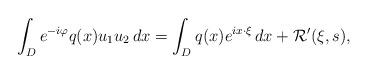
LaTeX: \begin{align*}\int_D e^{-i\varphi}q(x)u_1u_2 \,dx=\int_D q(x)e^{ix\cdot\xi}\, dx+\mathcal{R}'(\xi,s),\end{align*}